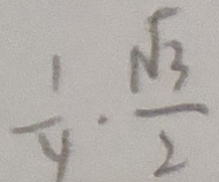
\frac { 1 } { y } \cdot \frac { \sqrt { 3 } } { 2 }